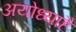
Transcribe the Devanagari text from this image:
अयोध्याहै